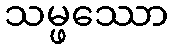
သမ္ဖဿော